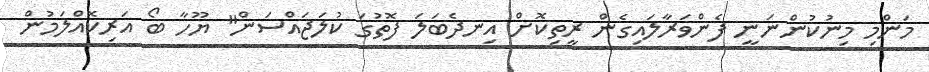
މަންމި މިނުކުންނަނީ ފެންވަރާލައިގެން ރީތިކޮށް އިނދެބަލަ ފޮތުގަ ކުލަޖައްސަން" ޔޫހާ ބޯ އަރިކޮއްލަމުން